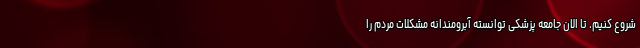
شروع کنیم. تا الان جامعه پزشکی توانسته آبرومندانه مشکلات مردم را